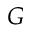
G